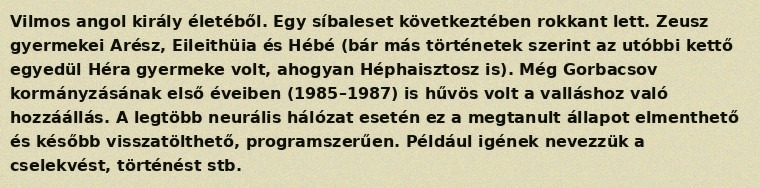
Vilmos angol király életéből. Egy síbaleset következtében rokkant lett. Zeusz gyermekei Arész, Eileithüia és Hébé (bár más történetek szerint az utóbbi kettő egyedül Héra gyermeke volt, ahogyan Héphaisztosz is). Még Gorbacsov kormányzásának első éveiben (1985–1987) is hűvös volt a valláshoz való hozzáállás. A legtöbb neurális hálózat esetén ez a megtanult állapot elmenthető és később visszatölthető, programszerűen. Például igének nevezzük a cselekvést, történést stb.